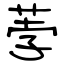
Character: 荸